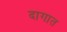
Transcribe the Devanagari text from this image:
दागात